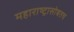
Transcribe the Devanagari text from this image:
महाराष्ट्रासोबतच